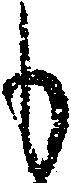
も